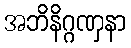
အဘိနိဂ္ဂဏှနာ